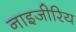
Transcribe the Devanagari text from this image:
नाइजीरिय